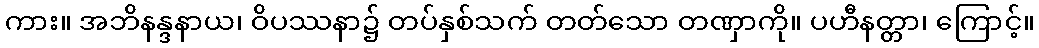
ကား။ အဘိနန္ဒနာယ၊ ဝိပဿနာ၌ တပ်နှစ်သက် တတ်သော တဏှာကို။ ပဟီနတ္တာ၊ ကြောင့်။